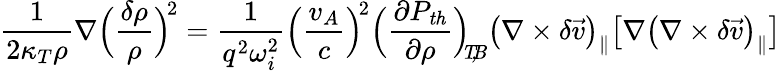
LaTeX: \frac{1}{2\kappa_{T}\rho}\nabla\Big(\frac{\delta\rho}{\rho}\Big)^{\! 2}=\frac{1}{q^{2}\omega_{i}^{2}}\Big(\frac{v_{A}}{c}\Big)^{\! 2}\Big(\frac{\partial P_{\mathit{th}}}{\partial\rho}\Big)_{\mathit{\! \! T\! ,\! B}}\big(\nabla\times\delta\vec{v}\big)_{\| }\big[\nabla\big(\nabla\times\delta\vec{v}\big)_{\| }\big]